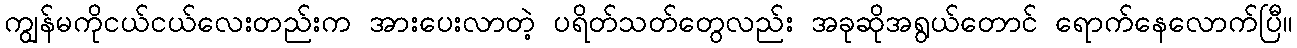
ကျွန်မကိုငယ်ငယ်လေးတည်းက အားပေးလာတဲ့ ပရိတ်သတ်တွေလည်း အခုဆိုအရွယ်တောင် ရောက်နေလောက်ပြီ။